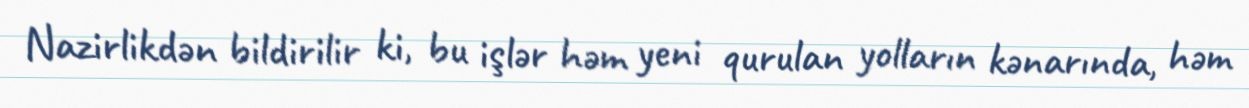
Nazirlikdən bildirilir ki, bu işlər həm yeni qurulan yolların kənarında, həm